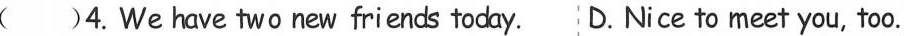
( )4.We have two new friends today. D.Nice to meet you, too.